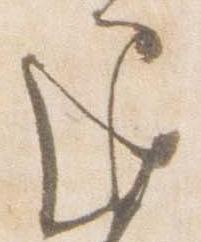
退